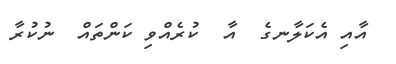
އާއި އެކަލާނގެ  އާ  ކުރެއްވި ކަންތައް  ނުކުރާ